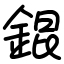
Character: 錕